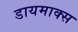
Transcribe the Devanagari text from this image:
डायमाक्स